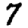
Digit: 7